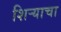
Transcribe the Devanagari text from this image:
शिर्‍याचा